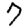
Digit: 7